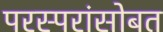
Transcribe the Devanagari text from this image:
परस्परांसोबत